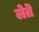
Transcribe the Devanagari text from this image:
लेतॆ